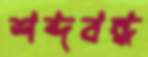
শব্দবন্ধ